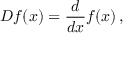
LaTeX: D f ( x ) = { \frac { d } { d x } } f ( x ) \, ,